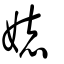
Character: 娡